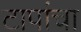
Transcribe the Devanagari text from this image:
टापांचा